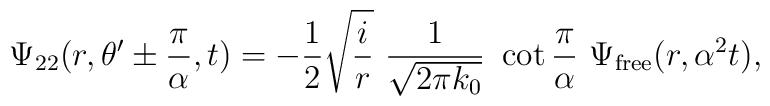
\Psi_{22}(r,\theta'\pm{\pi\over\alpha},t)=-{1\over 2}\sqrt{{i \over r}}\,\,{1\over\sqrt{2\pi k_0}}\,\,\cot{\pi\over\alpha}\,\,\Psi_{{\rm{free}}}(r,\alpha^2 t),